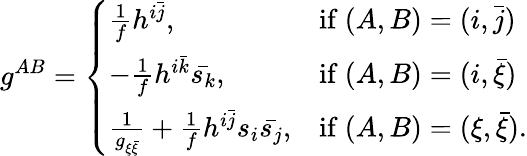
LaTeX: g^{AB}=\left\{ \begin{array}{ll}{\frac{1}{f}h^{i\bar{j}},}&{\mathrm{if}\ (A,B)=(i,\bar{j})}\\ {-\frac{1}{f}h^{i\bar{k}}\bar{s_{k}},}&{\mathrm{if}\ (A,B)=(i,\bar{\xi})}\\ {\frac{1}{g_{\xi\bar{\xi}}}+\frac{1}{f}h^{i\bar{j}}s_{i}\bar{s_{j}},}&{\mathrm{if}\ (A,B)=(\xi,\bar{\xi}).}\end{array}\right.